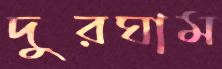
দুরঘাম